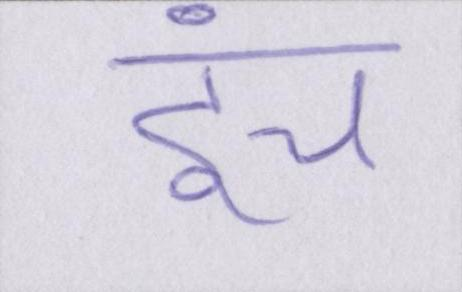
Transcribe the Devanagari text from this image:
इंच